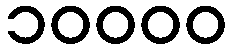
၁၀၀၀၀